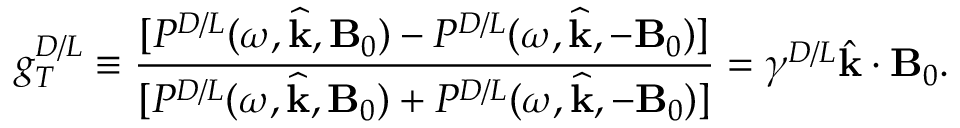
g _ { T } ^ { D / L } \equiv \frac { \lbrack P ^ { D / L } ( \omega , \widehat { \mathbf { k } } , \mathbf { B } _ { 0 } ) - P ^ { D / L } ( \omega , \widehat { \mathbf { k } } , - \mathbf { B } _ { 0 } ) ] } { [ P ^ { D / L } ( \omega , \widehat { \mathbf { k } } , \mathbf { B } _ { 0 } ) + P ^ { D / L } ( \omega , \widehat { \mathbf { k } } , - \mathbf { B } _ { 0 } ) ] } = \gamma ^ { D / L } \hat { \mathbf { k } } \cdot \mathbf { B } _ { 0 } .